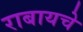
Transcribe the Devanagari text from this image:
राबायचे